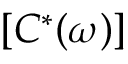
\left[ C ^ { * } ( \omega ) \right]